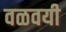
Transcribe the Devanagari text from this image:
वळवयी